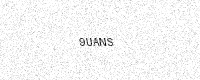
Text: 9UANS